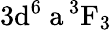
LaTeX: \mathrm{3d^{6}\ a\, ^{3}F_{3}}